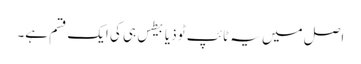
اصل میں یہ ٹائپ ٹو ذیابیطس ہی کی ایک قسم ہے۔